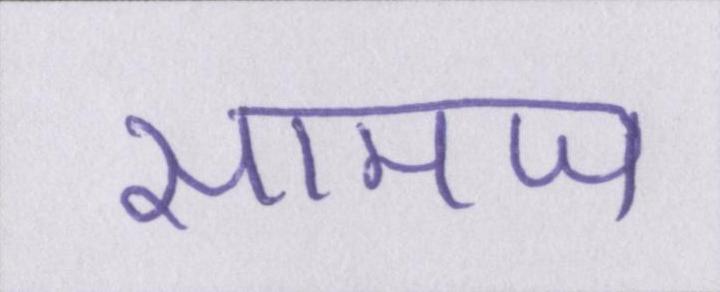
सामज